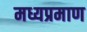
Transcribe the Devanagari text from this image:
मध्यप्रमाण